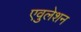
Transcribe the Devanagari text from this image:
एवुलेशन